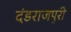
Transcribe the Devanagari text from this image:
दंडराजपुरी